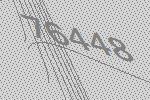
76448